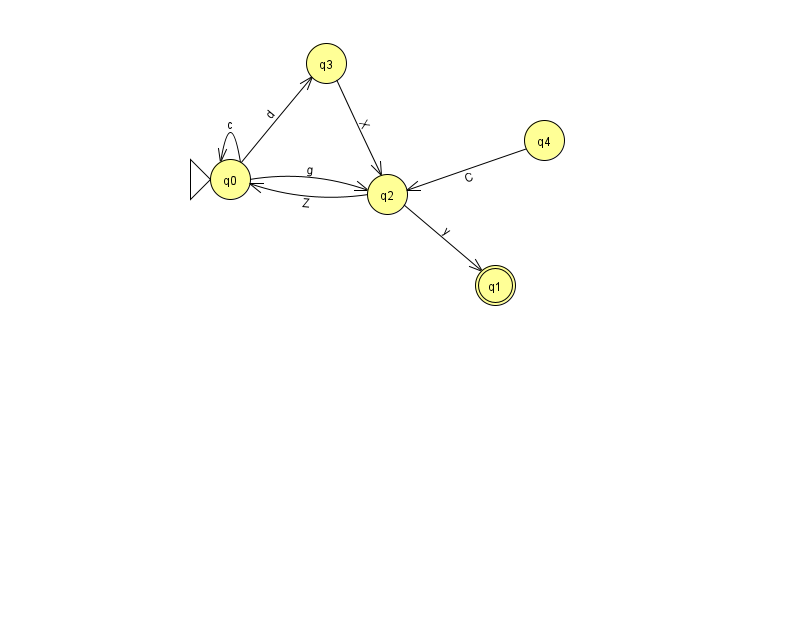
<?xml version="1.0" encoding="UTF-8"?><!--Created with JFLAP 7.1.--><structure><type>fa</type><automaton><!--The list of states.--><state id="0" name="q0"><x>230.0</x><y>166.0</y><initial/></state><state id="1" name="q1"><x>495.0</x><y>272.0</y><final/></state><state id="2" name="q2"><x>387.0</x><y>181.0</y></state><state id="3" name="q3"><x>326.0</x><y>50.0</y></state><state id="4" name="q4"><x>544.0</x><y>127.0</y></state><!--The list of transitions.--><transition><from>2</from><to>0</to><read>Z</read></transition><transition><from>0</from><to>0</to><read>c</read></transition><transition><from>4</from><to>2</to><read>C</read></transition><transition><from>3</from><to>2</to><read>X</read></transition><transition><from>2</from><to>1</to><read>y</read></transition><transition><from>0</from><to>2</to><read>g</read></transition><transition><from>0</from><to>3</to><read>d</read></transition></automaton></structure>